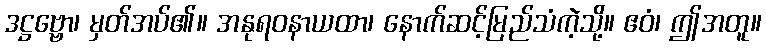
ဒဋ္ဌဗ္ဗော၊ မှတ်အပ်၏။ အနုရဝနာယထာ၊ နောက်ဆင့်မြည်သံကဲ့သို့။ ဧဝံ၊ ဤအတူ။